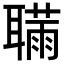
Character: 𦗫